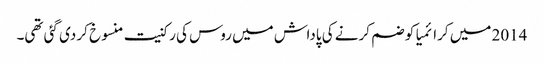
2014 میں کرائمیا کو ضم کرنے کی پاداش میں روس کی رکنیت منسوخ کر دی گئی تھی۔